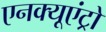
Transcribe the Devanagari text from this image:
एनक्यूएंट्रो